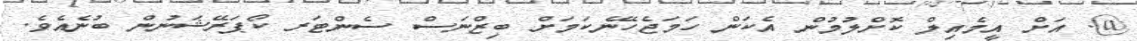
@. އަށް އީމެއިލް ކޮށްލުމުން އެކަން ހަމަޖެހޭނެކަމަށް ބިޒްނަސް ސެންޓަރ ކޯޕަރޭޝަނުން ބުނެއެވެ.